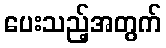
ပေးသည့်အတွက်